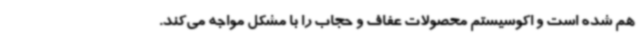
هم شده است و اکوسیستم محصولات عفاف و حجاب را با مشکل مواجه می‌کند.